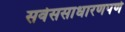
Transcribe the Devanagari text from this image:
सर्वससाधारणपणे